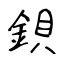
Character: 鋇